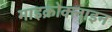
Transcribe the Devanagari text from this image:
माइक्रोक्लाइन